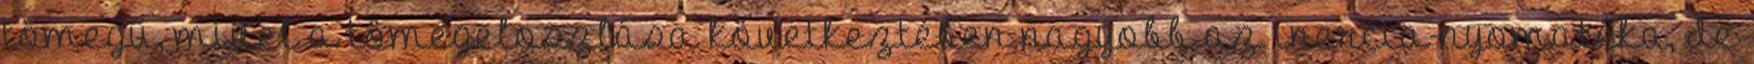
tömegű, mivel a tömegeloszlása következtében nagyobb az inercia-nyomatéka, de